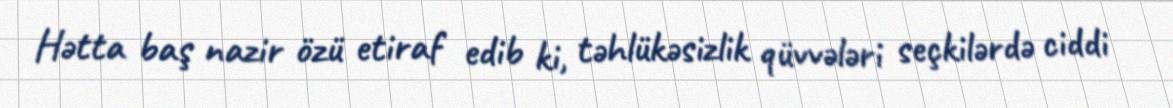
Hətta baş nazir özü etiraf edib ki, təhlükəsizlik qüvvələri seçkilərdə ciddi